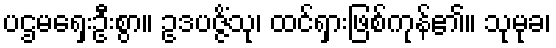
ပဌမရှေးဦးစွာ။ ဥဒပဇ္ဇိံသု၊ ထင်ရှားဖြစ်ကုန်၏။ သုမုခ၊